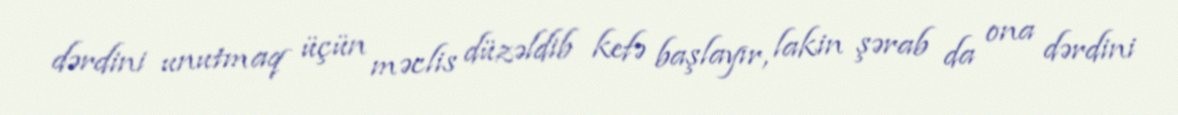
dərdini unutmaq üçün məclis düzəldib kefə başlayır, lakin şərab da ona dərdini